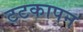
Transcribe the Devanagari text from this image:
टटकापन